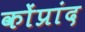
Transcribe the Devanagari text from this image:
कोंप्रांद